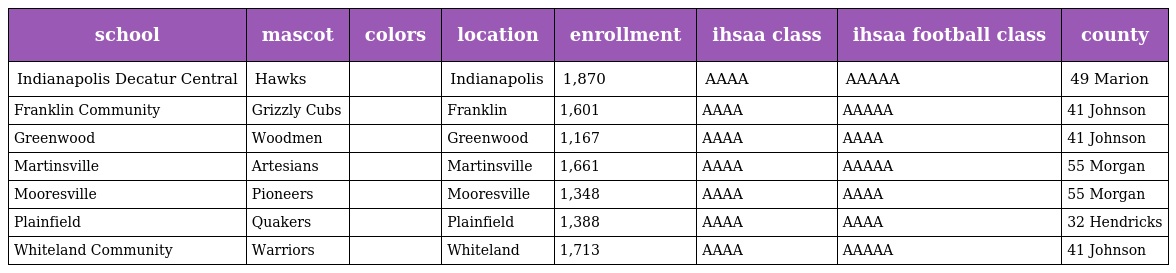
| school | mascot | colors | location | enrollment | ihsaa class | ihsaa football class | county |
 | --- | --- | --- | --- | --- | --- | --- | --- |
 | Indianapolis Decatur Central | Hawks |  | Indianapolis | 1,870 | AAAA | AAAAA | 49 Marion |
 | Franklin Community | Grizzly Cubs |  | Franklin | 1,601 | AAAA | AAAAA | 41 Johnson |
 | Greenwood | Woodmen |  | Greenwood | 1,167 | AAAA | AAAA | 41 Johnson |
 | Martinsville | Artesians |  | Martinsville | 1,661 | AAAA | AAAAA | 55 Morgan |
 | Mooresville | Pioneers |  | Mooresville | 1,348 | AAAA | AAAA | 55 Morgan |
 | Plainfield | Quakers |  | Plainfield | 1,388 | AAAA | AAAA | 32 Hendricks |
 | Whiteland Community | Warriors |  | Whiteland | 1,713 | AAAA | AAAAA | 41 Johnson |